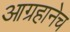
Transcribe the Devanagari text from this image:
आग्रहानेच